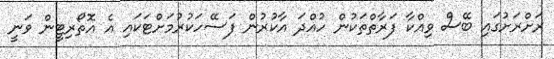
ރަށްރަށުގައި ބޭސް ވިއްކާ ފަރާތްތަކުން ހުއްދަ އާކުރުން ފަސޭހަކުރުމަށްޓަކައި އެ އޮތޯރިޓީން ވަނީ